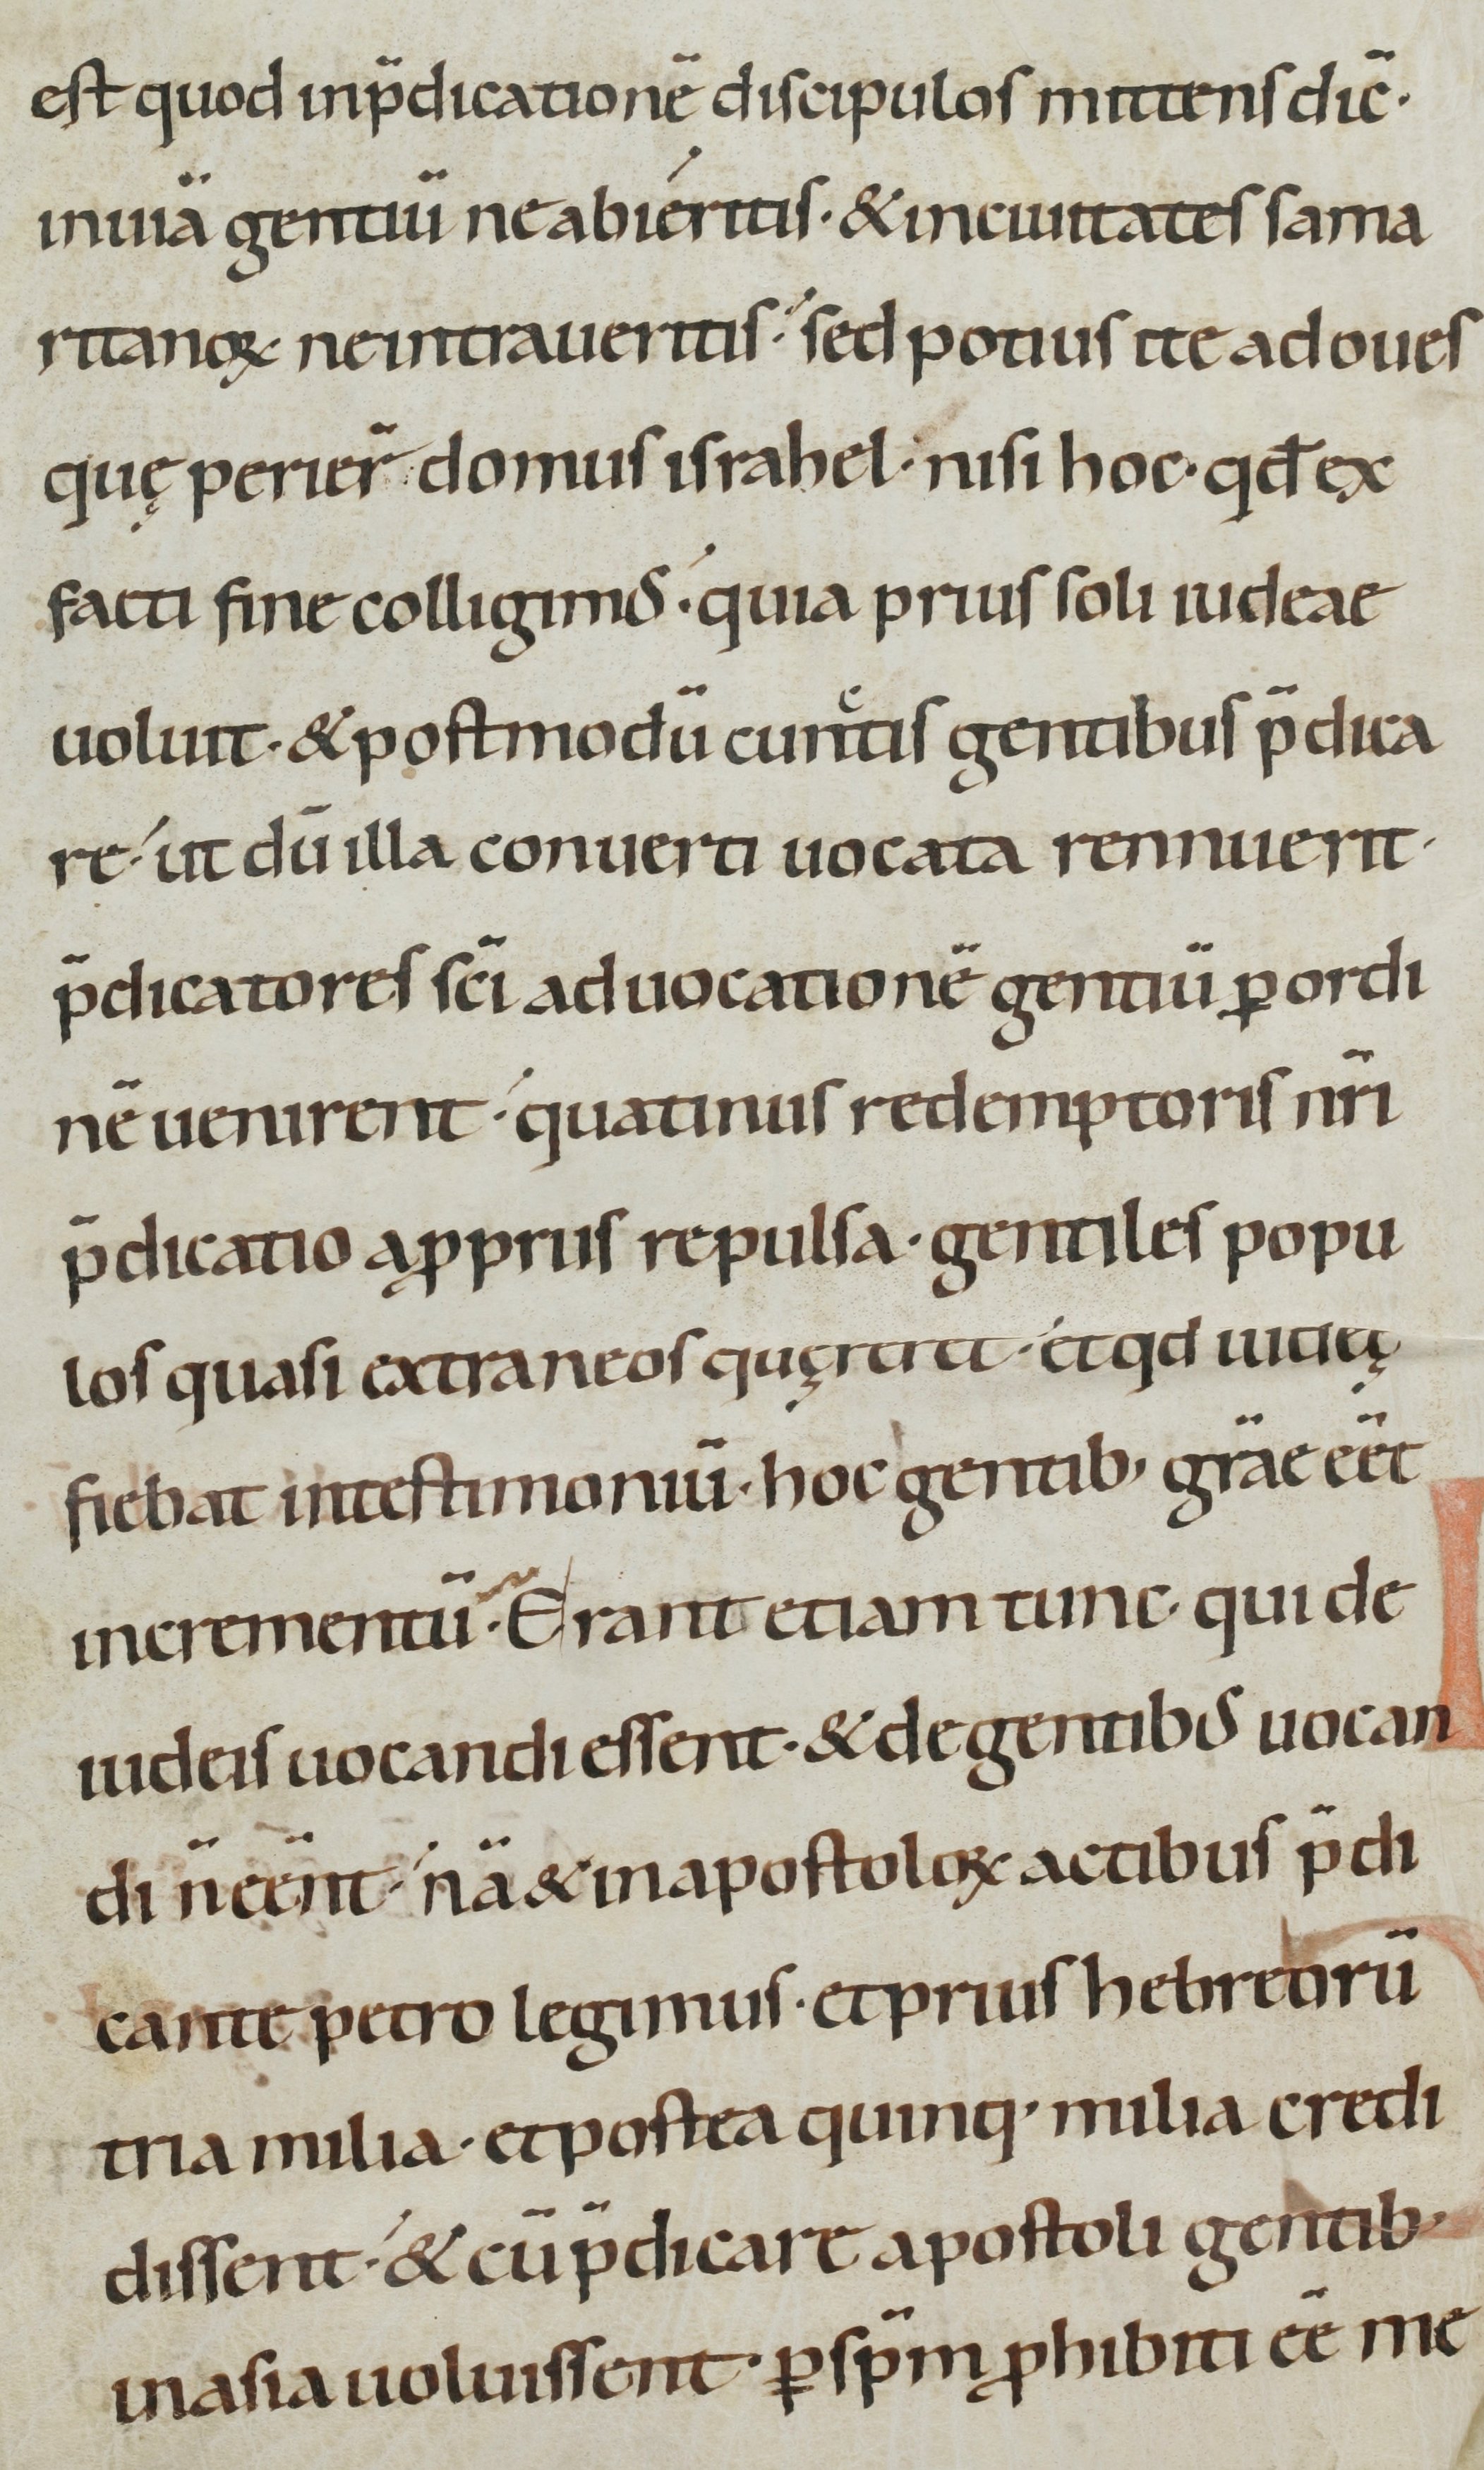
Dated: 1000–1099